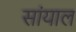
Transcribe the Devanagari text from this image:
सांयाल